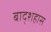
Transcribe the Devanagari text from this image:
बाद्शहास